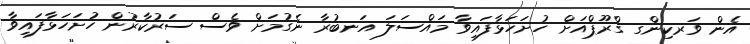
އެން ވަރކިންގ ގްރޫޕްއަށް ހުށަހަޅާފައިވާ މައްސަލަ އަނބުރާ ނެގުމަށް ވެސް ސަރުކާރުން ހުށަހަޅާފައިވާ